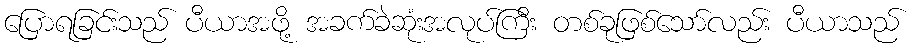
ပြောရခြင်းသည် ပီယာအဖို့ အခက်ခဲဆုံးအလုပ်ကြီး တစ်ခုဖြစ်သော်လည်း ပီယာသည်